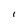
Character: 1